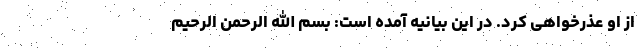
از او عذرخواهی کرد. در این بیانیه آمده است: بسم الله الرحمن الرحیم